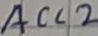
Text: ACC2